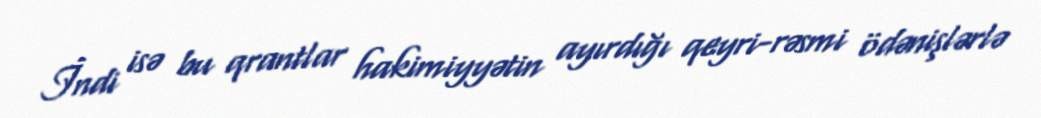
İndi isə bu qrantlar hakimiyyətin ayırdığı qeyri-rəsmi ödənişlərlə